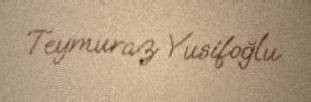
Teymuraz Yusifoğlu